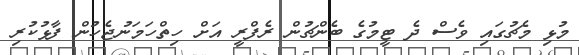
މުޅި މެޗުގައި ވެސް ދެ ޓީމުގެ ބެންޗުން ރެފްރީ އަށް ހިތްހަމަނުޖެހުން ފާޅުކުރި